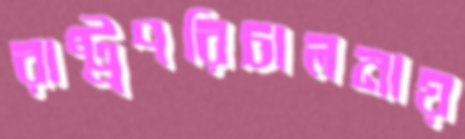
রাষ্ট্রপরিচালনায়